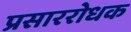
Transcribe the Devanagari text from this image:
प्रसाररोधक